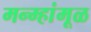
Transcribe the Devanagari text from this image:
मन्म्हांमूळ